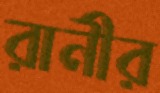
রানীর